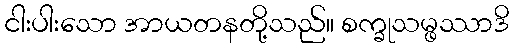
ငါးပါးသော အာယတနတို့သည်။ စက္ခုသမ္ဖဿာဒိ